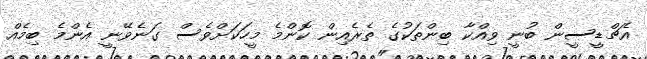
އެޗްޑީސީން ބުނީ ވިއްކާ ބިންތަކުގެ ތެރެއިން ކޮންމެ މީހަކަށްވެސް ގަނެވޭނީ އެންމެ ބިމެއް